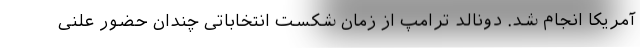
آمریکا انجام شد. دونالد ترامپ از زمان شکست انتخاباتی چندان حضور علنی